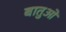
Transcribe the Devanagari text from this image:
बातुओ